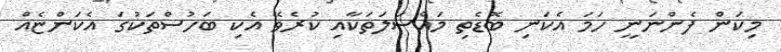
މިކަން ފެންނަނީ ހަމަ އެކަނި ބޮޑެތި މައްސަލަތަކާއި ކުރެވޭ އެކި ބަހުސްތަކުގަ އެކަންޏެއް